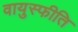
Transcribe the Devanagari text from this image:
वायुस्फीति